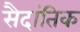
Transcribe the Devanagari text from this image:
सैदांतिक